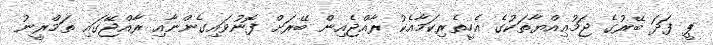
ޕީ ފަދަ ބޭރުގެ ޖަމުޢިއްޔާތަކުގެ އެހީތެރިކަމާއެކު ރާއްޖެއިން ބޭރަށް ފޮނުވައިގެންނާއި ރާއްޖޭގައި ތަމްރީނު